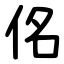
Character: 佲